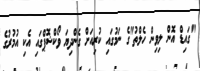
"ގައިޑް އޮން ލިވިން ހެލްތު"ގެ ނަމުގައި ކުރިއަށް ގެންދިޔަ ވޯކްޝޮޕްގައި އެކި އުމުރުގެ